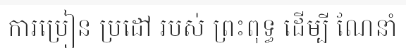
ការប្រៀន ប្រដៅ របស់ ព្រះពុទ្ធ ដើម្បី ណែនាំ